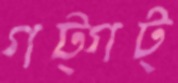
গট্‌গট্‌